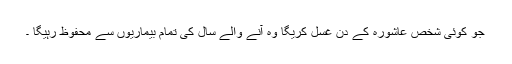
جو کوئی شخص عاشورہ کے دن غسل کریگا وہ آنے والے سال کی تمام بیماریوں سے محفوظ رہیگا ۔